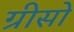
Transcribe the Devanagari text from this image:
ग्रीसो